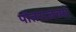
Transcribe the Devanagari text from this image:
पोतराजच्या